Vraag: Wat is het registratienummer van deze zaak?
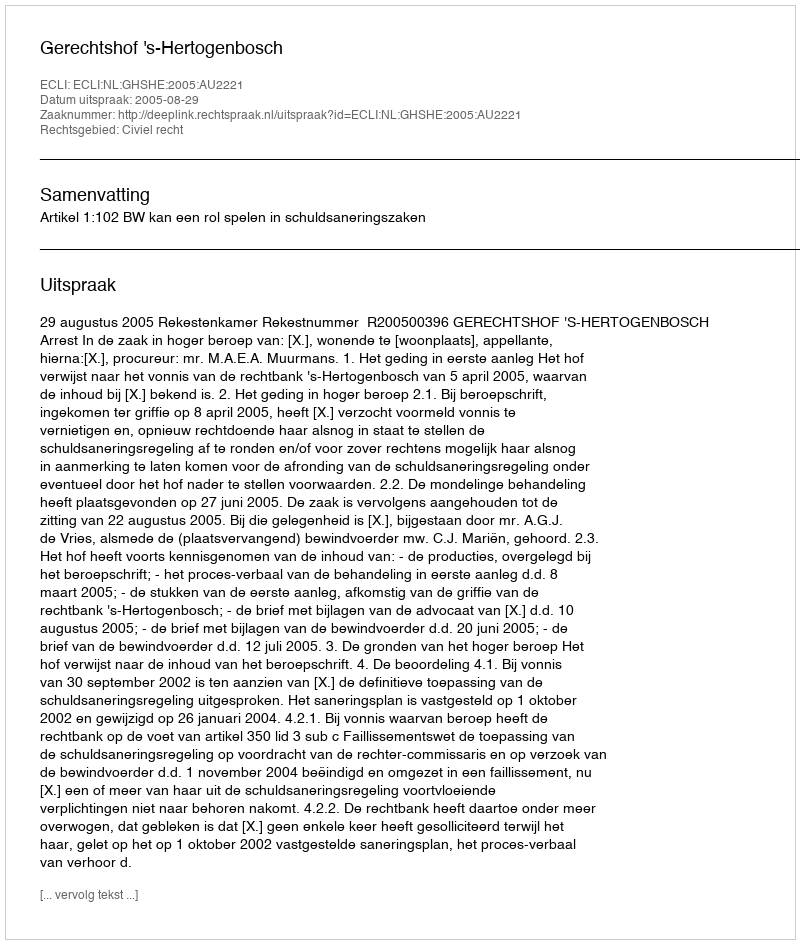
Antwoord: http://deeplink.rechtspraak.nl/uitspraak?id=ECLI:NL:GHSHE:2005:AU2221